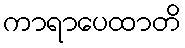
ကာရာပေထာတိ